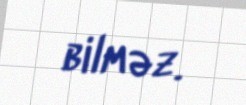
bilməz.